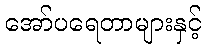
အော်ပရေတာများနှင့်